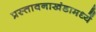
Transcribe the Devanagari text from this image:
प्रस्तावनाखंडामध्यें